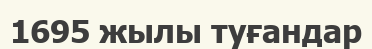
1695 жылы туғандар